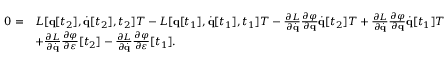
{ \begin{array} { r l } { 0 = } & { L [ \mathbf { q } [ t _ { 2 } ] , { \dot { \mathbf { q } } } [ t _ { 2 } ] , t _ { 2 } ] T - L [ \mathbf { q } [ t _ { 1 } ] , { \dot { \mathbf { q } } } [ t _ { 1 } ] , t _ { 1 } ] T - { \frac { \partial L } { \partial { \dot { \mathbf { q } } } } } { \frac { \partial \varphi } { \partial \mathbf { q } } } { \dot { \mathbf { q } } } [ t _ { 2 } ] T + { \frac { \partial L } { \partial { \dot { \mathbf { q } } } } } { \frac { \partial \varphi } { \partial \mathbf { q } } } { \dot { \mathbf { q } } } [ t _ { 1 } ] T } \\ & { + { \frac { \partial L } { \partial { \dot { \mathbf { q } } } } } { \frac { \partial \varphi } { \partial \varepsilon } } [ t _ { 2 } ] - { \frac { \partial L } { \partial { \dot { \mathbf { q } } } } } { \frac { \partial \varphi } { \partial \varepsilon } } [ t _ { 1 } ] . } \end{array} }